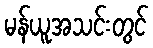
မန်ယူအသင်းတွင်